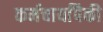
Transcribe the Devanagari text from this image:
कर्मचार्यांपैकी